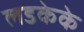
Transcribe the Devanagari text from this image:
लडकेके